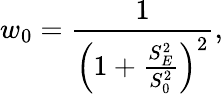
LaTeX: w_{0}=\frac{1}{\left(1+\frac{S_{E}^{2}}{S_{0}^{2}}\right)^{2}},